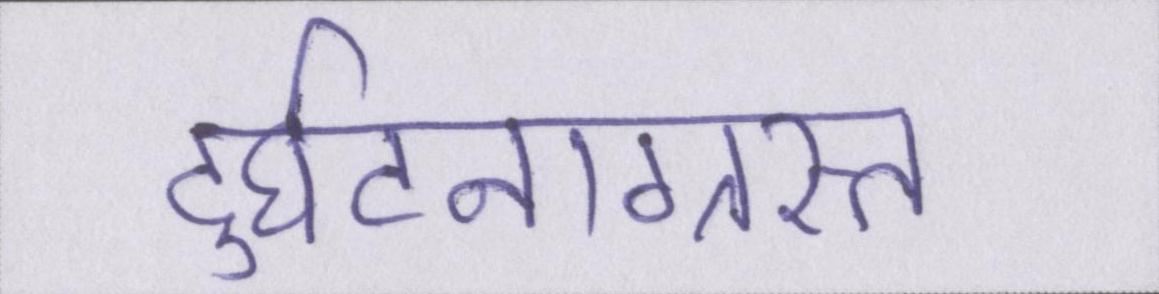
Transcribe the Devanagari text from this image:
दुर्घटनाग्रस्त